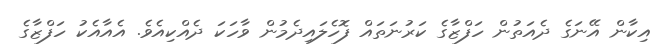
އިކާން އޭނަގެ ދެއަތުން ހަފްޒާގެ ކަރުނަތައް ފޮހެލައިދެމުން ވާހަކަ ދެއްކިއެވެ. އެއާއެކު ހަފްޒާގެ